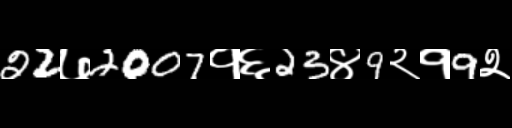
Text: 22७2007१६23४9२१9२